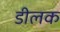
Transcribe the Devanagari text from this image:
डीलक